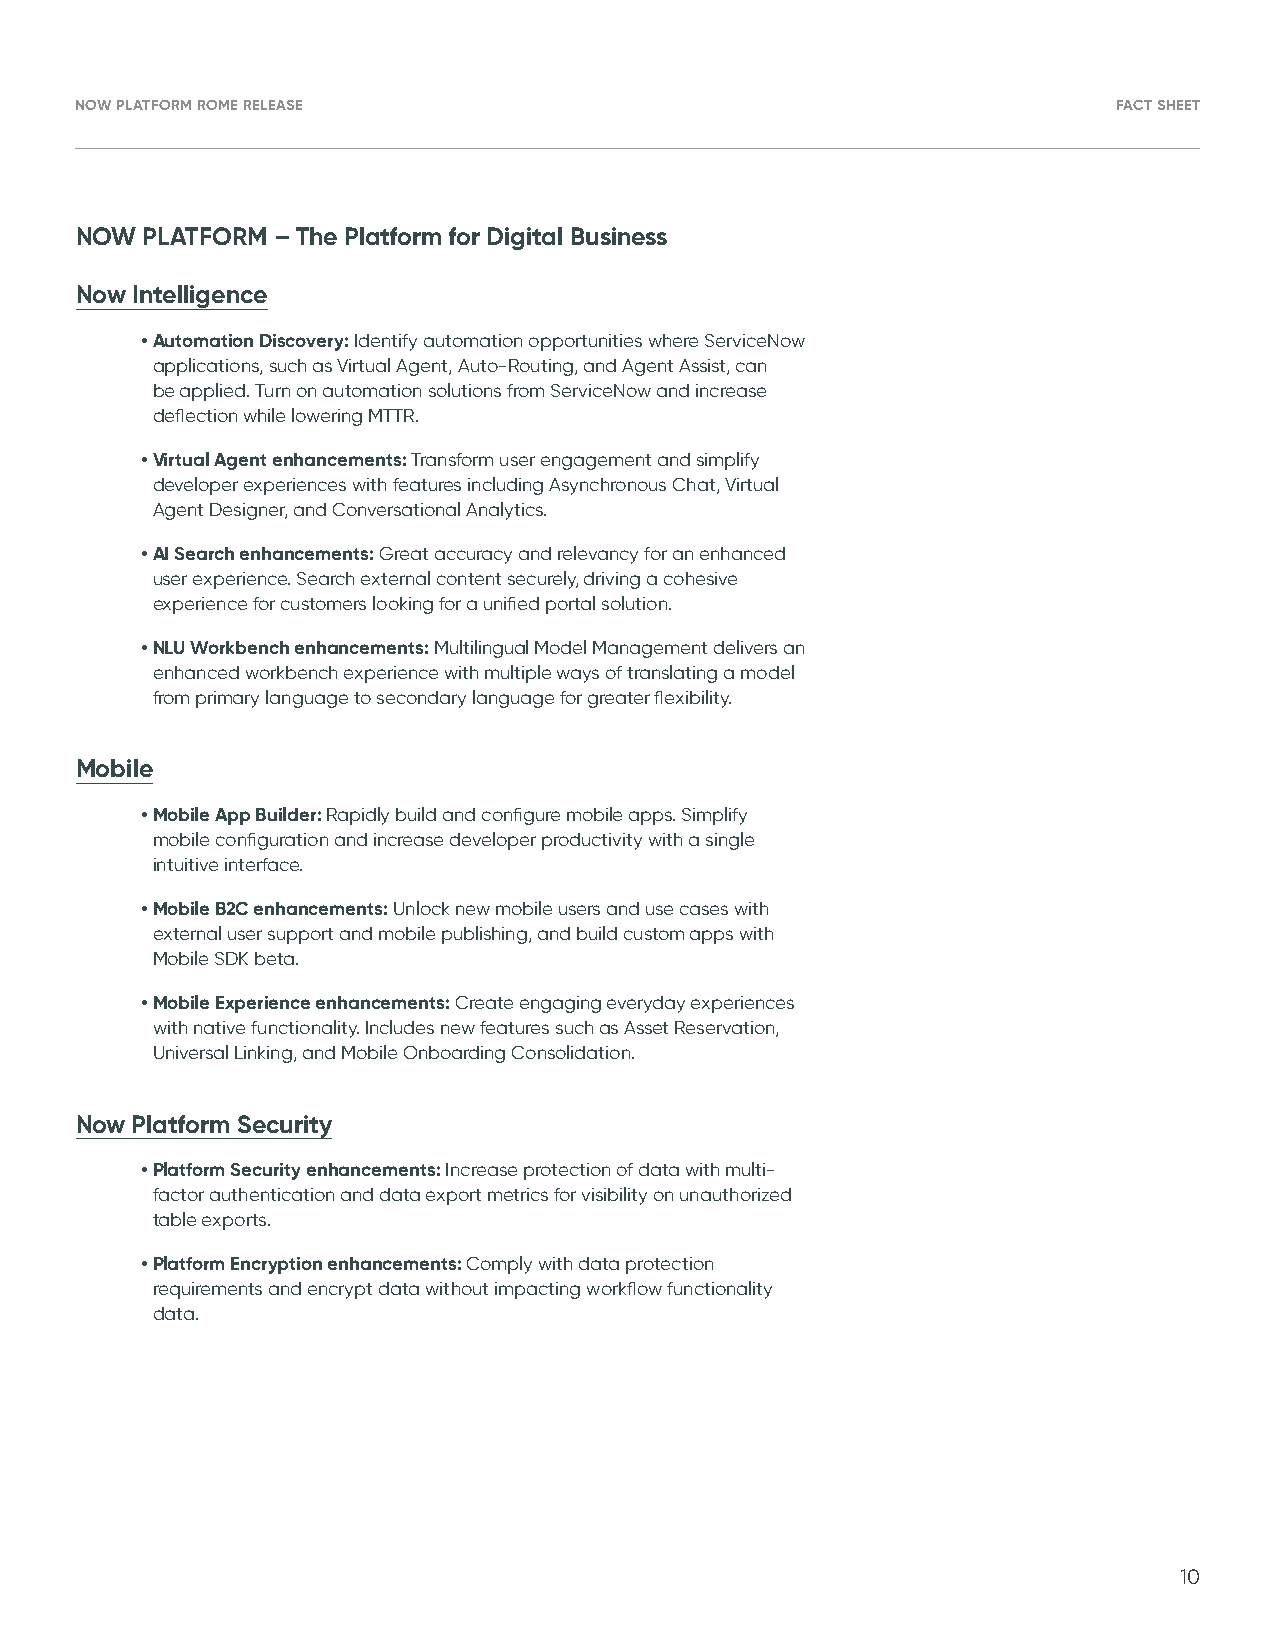
NOW PLATFORM ROME RELEASE                                            FACT SHEET
 NOW PLATFORM – The Platform for Digital Business
 Now Intelligence
 • Automation Discovery: Identify automation opportunities where ServiceNow
 applications, such as Virtual Agent, Auto-Routing, and Agent Assist, can
 be applied. Turn on automation solutions from ServiceNow and increase
 deflection while lowering MTTR.
 • Virtual Agent enhancements: Transform user engagement and simplify
 developer experiences with features including Asynchronous Chat, Virtual
 Agent Designer, and Conversational Analytics.
 • AI Search enhancements: Great accuracy and relevancy for an enhanced
 user experience. Search external content securely, driving a cohesive
 experience for customers looking for a unified portal solution.
 • N LU Workbench enhancements: Multilingual Model Management delivers an
 enhanced workbench experience with multiple ways of translating a model
 from primary language to secondary language for greater flexibility.
 Mobile
 • Mobile App Builder: Rapidly build and configure mobile apps. Simplify
 mobile configuration and increase developer productivity with a single
 intuitive interface.
 • Mobile B2C enhancements: Unlock new mobile users and use cases with
 external user support and mobile publishing, and build custom apps with
 Mobile SDK beta.
 • Mobile Experience enhancements: Create engaging everyday experiences
 with native functionality. Includes new features such as Asset Reservation,
 Universal Linking, and Mobile Onboarding Consolidation.
 Now Platform Security
 • Platform Security enhancements: Increase protection of data with multi-
 factor authentication and data export metrics for visibility on unauthorized
 table exports.
 • Platform Encryption enhancements: Comply with data protection
 requirements and encrypt data without impacting workflow functionality
 data.
 10